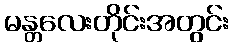
မန္တလေးတိုင်းအတွင်း